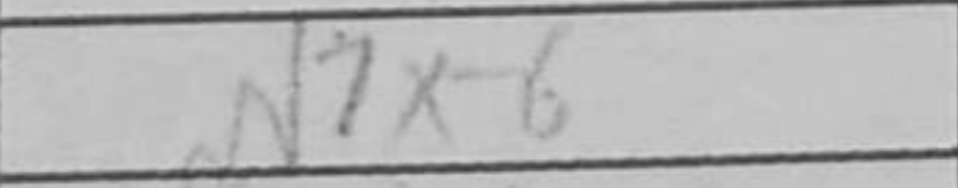
Transcription: N7xf6